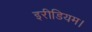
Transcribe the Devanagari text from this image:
इरीडियम।